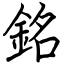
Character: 銘